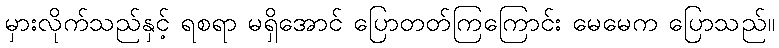
မှားလိုက်သည်နှင့် ရစရာ မရှိအောင် ပြောတတ်ကြကြောင်း မေမေက ပြောသည်။